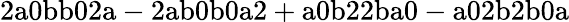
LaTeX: \mathrm{2a0bb02a-2ab0b0a2+a0b22ba0-a02b2b0a}